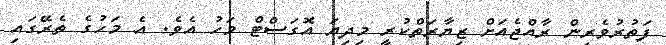
ފަތުރުވެރިން ރާއްޖެއަށް ޒިޔާރަތްކުރީ މިދިޔަ އޮގަސްޓް މަހު އެވެ. އެ މަހުގެ ތެރޭގައި